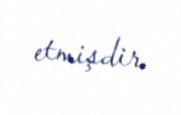
etmişdir.